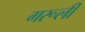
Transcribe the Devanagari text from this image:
गरूली